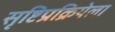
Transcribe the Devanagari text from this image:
सृष्टिप्रक्रियेला